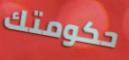
حكومتك